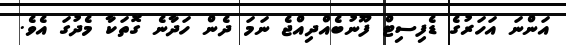
އަންނަ އަހަރުގެ ޑެފިސިޓް ފޫނުބެއްދިއްޖެ ނަމަ ދެން ހަދާނެ ގޮތަކާ މެދުގަ އެވެ.